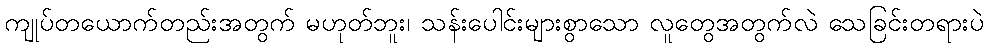
ကျုပ်တယောက်တည်းအတွက် မဟုတ်ဘူး၊ သန်းပေါင်းများစွာသော လူတွေအတွက်လဲ သေခြင်းတရားပဲ